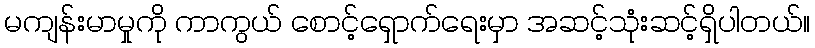
မကျန်းမာမှုကို ကာကွယ် စောင့်ရှောက်ရေးမှာ အဆင့်သုံးဆင့်ရှိပါတယ်။